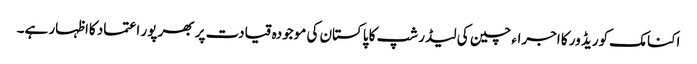
اکنامک کوریڈ ور کا اجراء چین کی لیڈر شپ کا پاکستان کی موجودہ قیادت پر بھر پور اعتماد کااظہار ہے۔